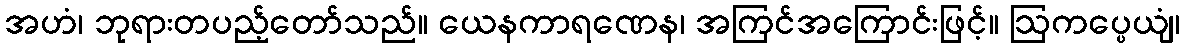
အဟံ၊ ဘုရားတပည့်တော်သည်။ ယေနကာရဏေန၊ အကြင်အကြောင်းဖြင့်။ ဩကပ္ပေယျံ၊